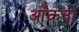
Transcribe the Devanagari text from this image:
आँकना